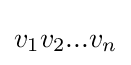
v_{1}v_{2}...v_{n}